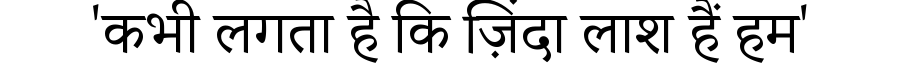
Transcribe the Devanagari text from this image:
'कभी लगता है कि ज़िंदा लाश हैं हम'